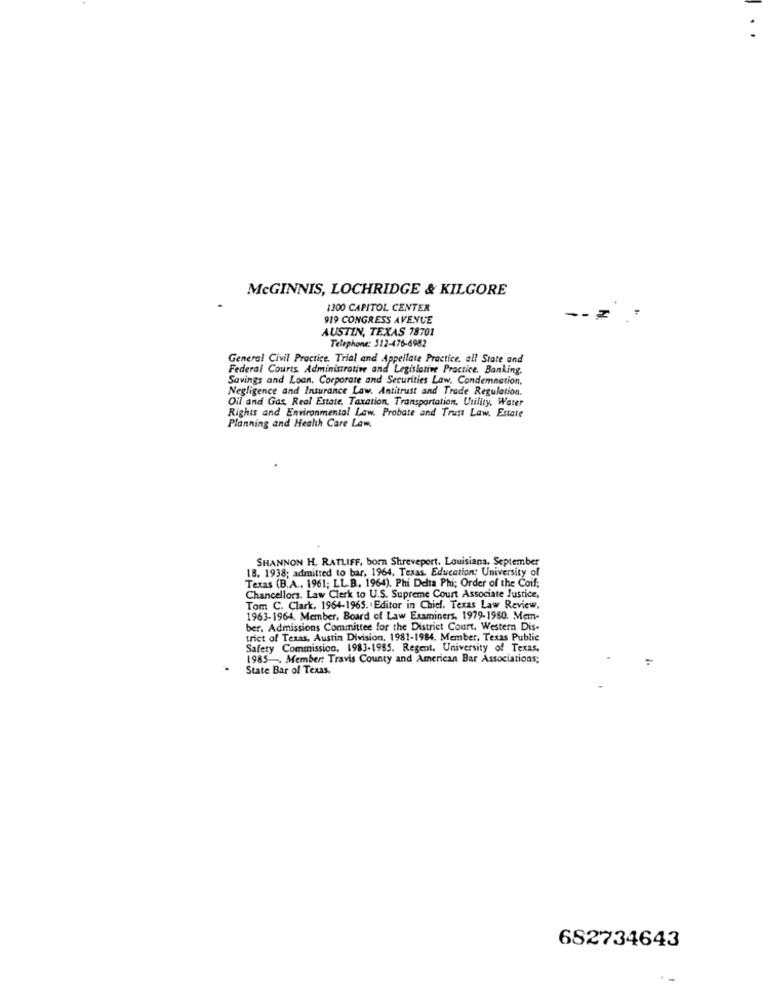
MCGINNIS, LOCHRIDGE & KILGORE
1300 CAPITOL CENTER
919 CONGRESS AVENUE
-- 7
AUSTIN, TEXAS 78701
Telephone: 512-476-6982
General Civil Practice. Trial and Appellate Practice, all State and
Federal Courts. Administrative and Legislative Practice, Banking,
Savings and Loan, Corporate and Securities Law, Condemnation,
Negligence and Insurance Law. Antitrust and Trode Regulation.
Oil and Gas Real Estate, Taxation, Transportation, Utility, Water
Rights and Environmental Law. Probate and Trust Law. Estate
Planning and Health Care Law.
SHANNON H. RATLIFF, born Shreveport, Louisiana. September
18. 1938; admitted to bar, 1964, Texas, Education: University of
Texas (B.A ., 1961; LL.B. 1964). Phi Delta Phi; Order of the Coif;
Chancellors. Law Clerk to U.S. Supreme Court Associate Justice,
Tom C. Clark, 1964-1965. Editor in Chief. Texas Law Review,
1963-1964. Member, Board of Law Examiners, 1979- 1980. Mem-
ber. Admissions Committee for the District Court, Western Dis-
trict of Texas, Austin Division, 1981-1984. Member, Texas Public
Safety Commission, 1983-1985. Regent, University of Texas.
1985 -. Member: Travis County and American Bar Associations;
State Bar of Texas.
682734643
.-